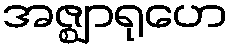
အဇ္ဈာရုဟေ